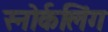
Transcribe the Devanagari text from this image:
स्‍नोर्कलिंग